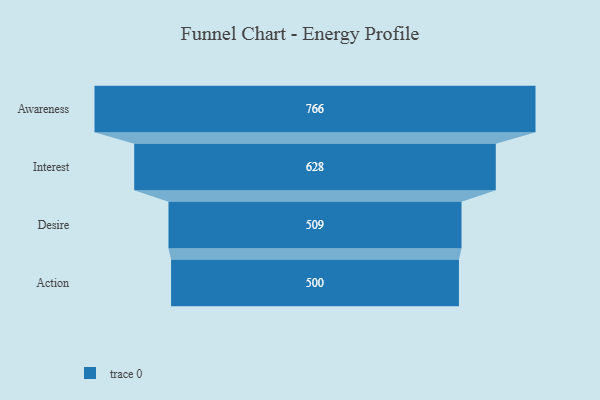
{"axis": {"x": "Stage", "y": "Value"}, "legend": [""], "data": [{"x": "Awareness", "y": 766.0, "type": ""}, {"x": "Interest", "y": 628.0, "type": ""}, {"x": "Desire", "y": 509.0, "type": ""}, {"x": "Action", "y": 500, "type": ""}]}